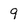
Character: 9